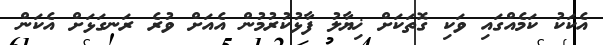
އެކަކު ކަމެއްގައި ވަކި ގޮތަކަށް ޚިޔާލު ފާޅުކުރުމުން އެއަށް ވުރެ ރަނގަޅަށް އެކަން